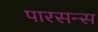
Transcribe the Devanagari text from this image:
पारसन्स